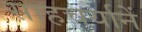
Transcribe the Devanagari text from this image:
साहचर्यानें